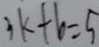
3 k + 6 = 5